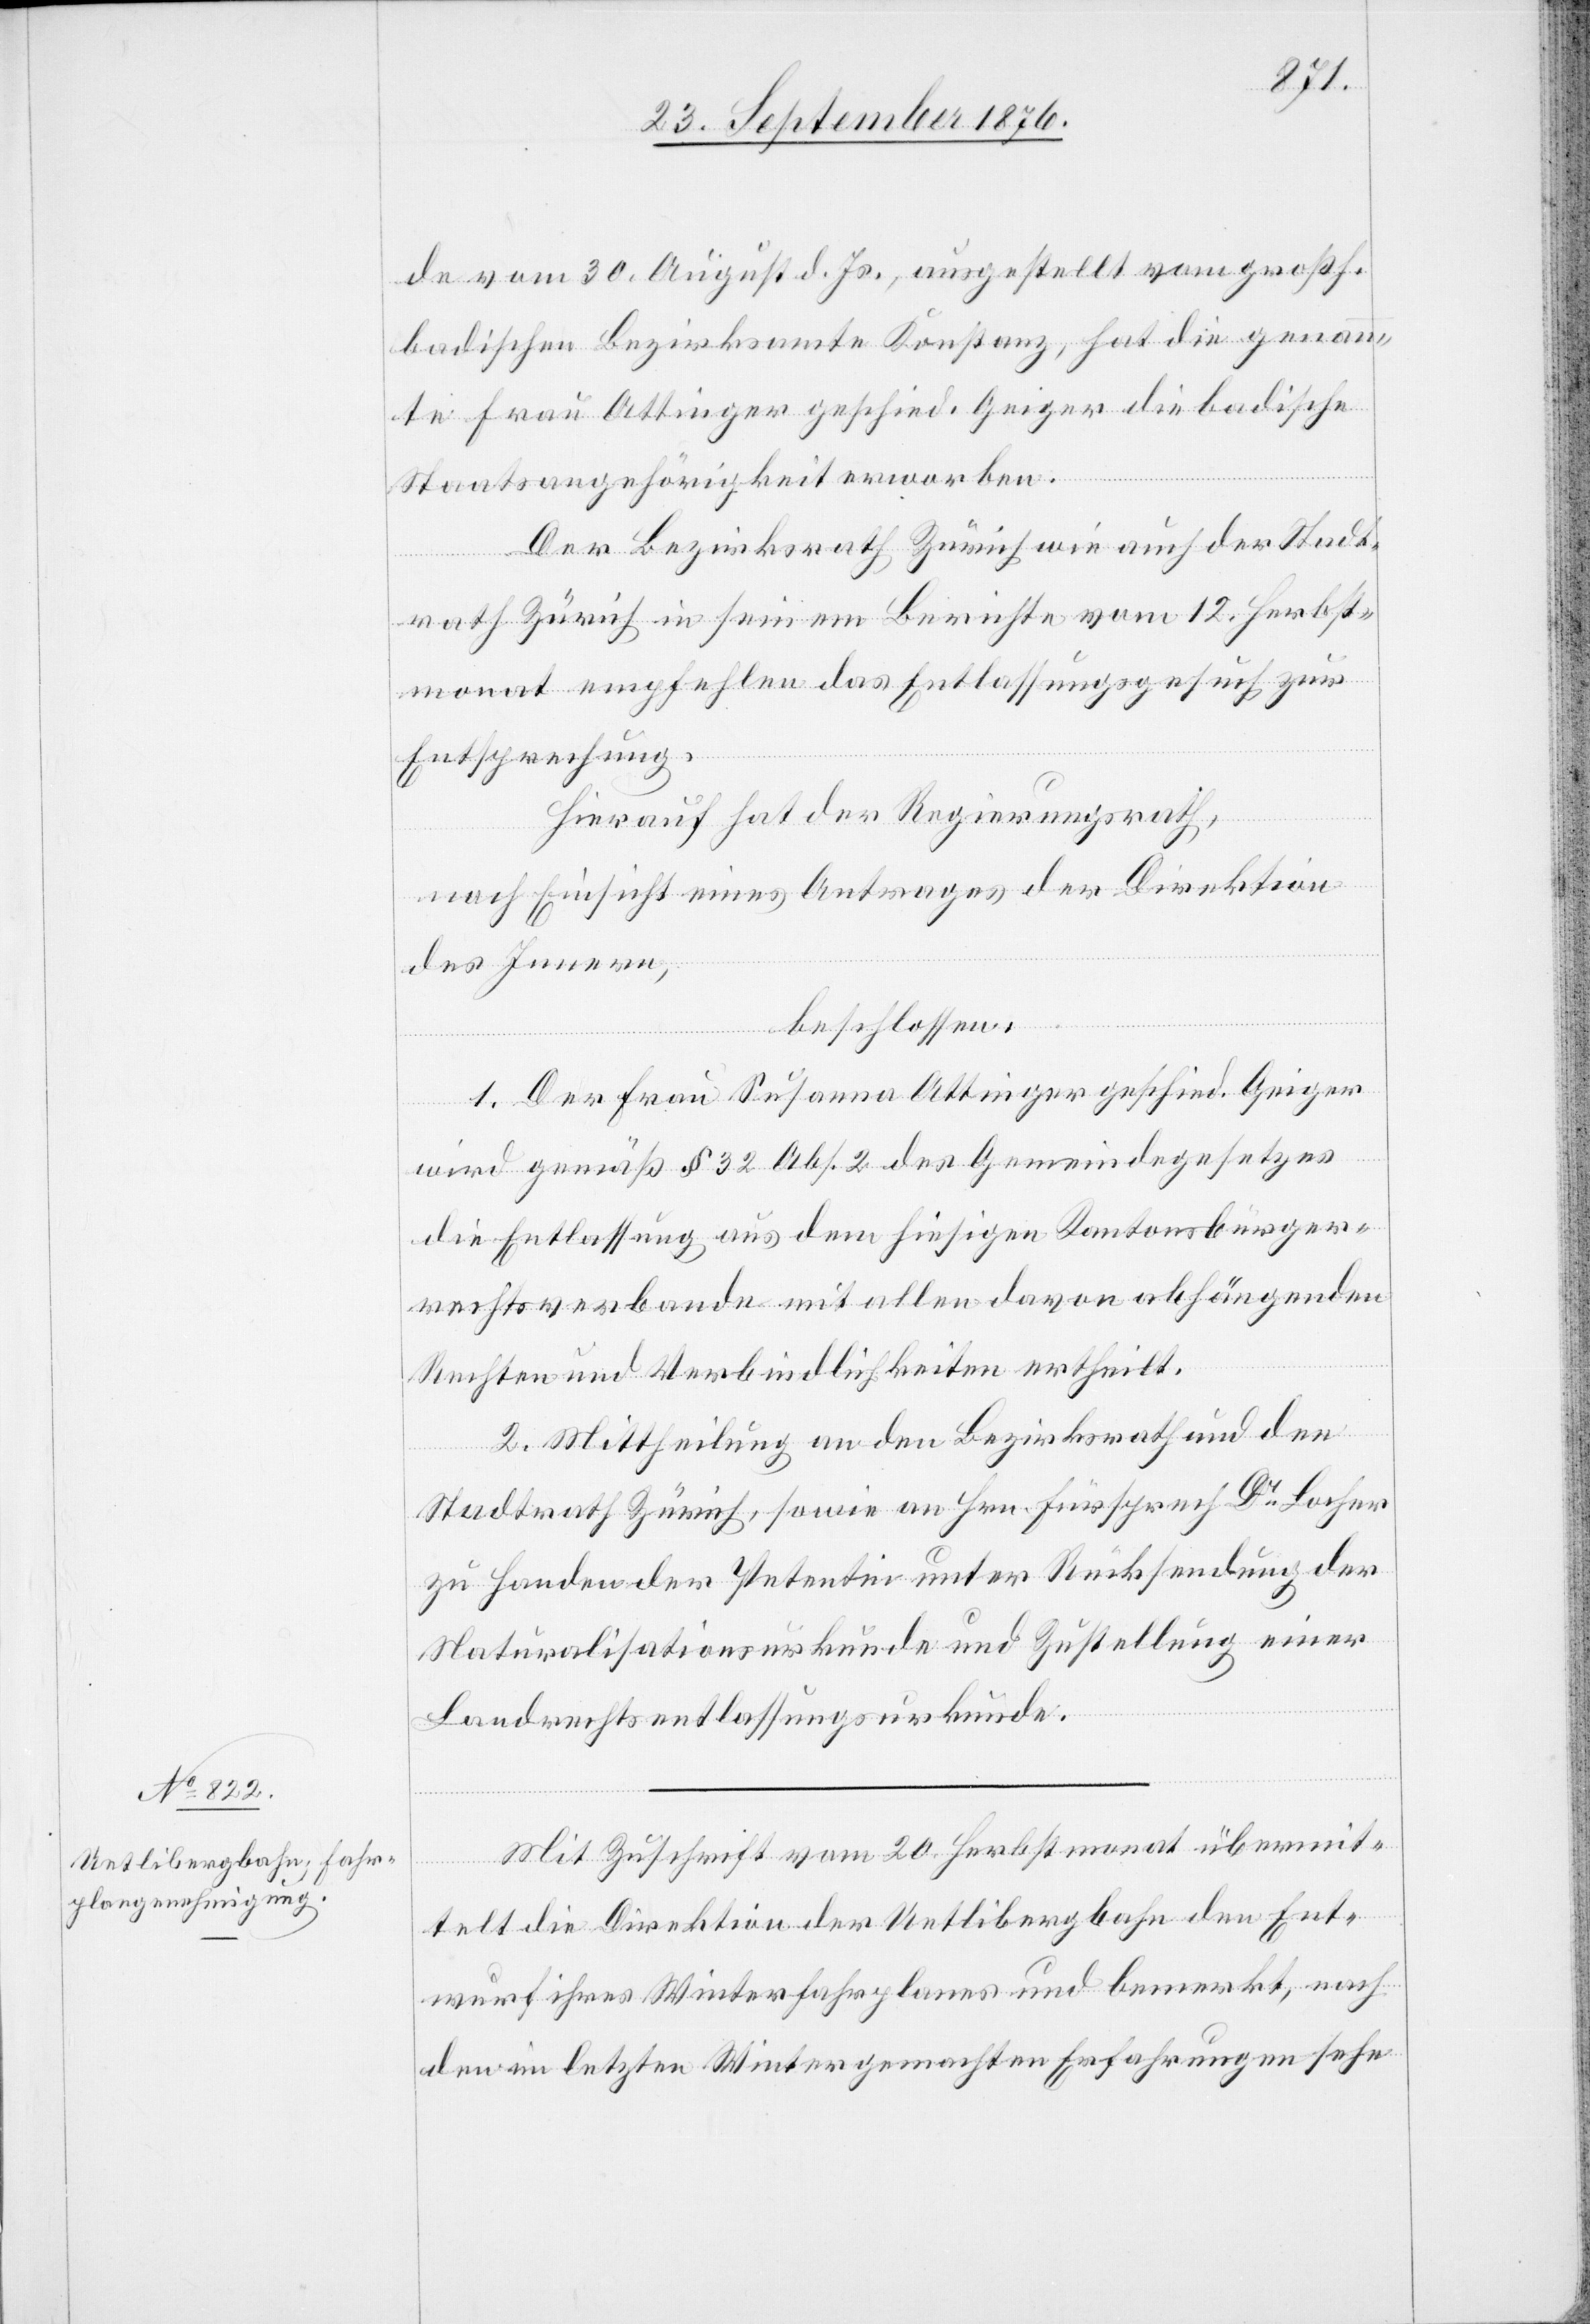
de vom 30. August d. Js., ausgestellt vom großh.
badischen Bezirksamte Konstanz, hat die genann¬
te Frau Ottinger geschied. Geiger die badische
Staatsangehörigkeit erworben.
Der Bezirksrath Zürich wie auch der Stadt¬
rath Zürich in seinem Berichte vom 12. Herbst¬
monat empfehlen das Entlassungsgesuch zur
Entsprechung.
Hierauf hat der Regierungsrath,
nach Einsicht eines Antrages der Direktion
des Innern,
beschlossen:
1. Der Frau Susanna Ottinger geschied. Geiger
wird gemäß § 32 Abs. 2 des Gemeindegesetzes
die Entlassung aus dem hiesigen Kantonsbürger¬
rechtsverbande mit allen davon abhängenden
Rechten und Verbindlichkeiten ertheilt.
2. Mittheilung an den Bezirksrath und den
Stadtrath Zürich, sowie an Hrn. Fürsprech Dr Locher
zu Handen der Petentin unter Rücksendung der
Naturalisationsurkunde und Zustellung einer
Landrechtsentlassungsurkunde.
Mit Zuschrift vom 20. Herbstmonat übermit¬
telt die Direktion der Uetlibergbahn den Ent¬
wurf ihres Winterfahrplanes und bemerkt, nach
den im letzten Winter gemachten Erfahrungen sehe